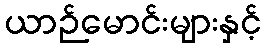
ယာဉ်မောင်းများနှင့်